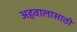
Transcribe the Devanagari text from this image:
अहवालासाठी